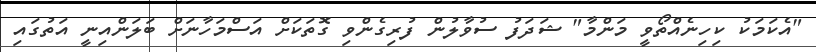
"އެކަމަކު ކިހިނެއްތޯވީ މަންމާ" ޝަދަފު ސުވާލުން ފުރިގެންވި ގޮތަކަށް އަސްމަހާނަށް ބަލަންއިނީ އަތުގައި